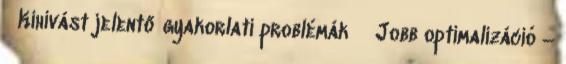
Kihívást jelentő gyakorlati problémák ● Jobb optimalizáció –